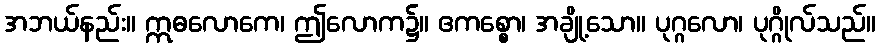
အဘယ်နည်း။ ဣဓလောကေ၊ ဤလောက၌။ ဧကစ္စော၊ အချို့သော။ ပုဂ္ဂလော၊ ပုဂ္ဂိုလ်သည်။